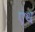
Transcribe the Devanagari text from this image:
एंथ